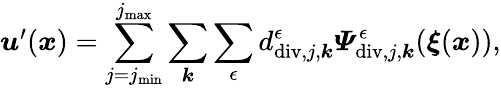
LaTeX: \begin{array}{r}{\boldsymbol{u}^{\prime}(\boldsymbol{x})=\displaystyle\sum_{j=j_{\mathrm{min}}}^{j_{\mathrm{max}}}\sum_{\boldsymbol{k}}\sum_{\epsilon}d_{\mathrm{div},j,\boldsymbol{k}}^{\epsilon}\boldsymbol{\varPsi}_{\mathrm{div},j,\boldsymbol{k}}^{\epsilon}(\boldsymbol{\xi}(\boldsymbol{x})),}\end{array}